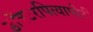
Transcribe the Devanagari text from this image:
डॉक्टरपित्यापोटी